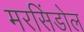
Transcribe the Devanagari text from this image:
मरसिंडोल